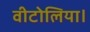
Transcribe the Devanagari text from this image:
वीटोलिया।